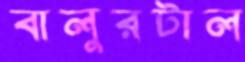
বালুরটাল